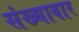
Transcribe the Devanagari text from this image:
संख्यावार